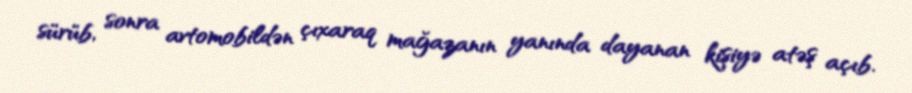
sürüb, sonra avtomobildən çıxaraq mağazanın yanında dayanan kişiyə atəş açıb.